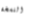
النسخة